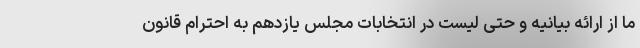
ما از ارائه بیانیه و حتی لیست در انتخابات مجلس یازدهم به احترام قانون